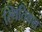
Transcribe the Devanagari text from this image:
स्थितिवश